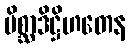
မိစ္ဆာဒိဋ္ဌိဟတေန